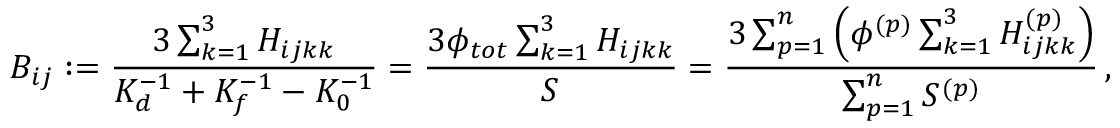
B _ { i j } : = \frac { 3 \sum _ { k = 1 } ^ { 3 } H _ { i j k k } } { K _ { d } ^ { { - 1 } } + K _ { f } ^ { - 1 } - K _ { 0 } ^ { - 1 } } = \frac { 3 \phi _ { t o t } \sum _ { k = 1 } ^ { 3 } H _ { i j k k } } { S } = \frac { 3 \sum _ { p = 1 } ^ { n } \left( \phi ^ { ( p ) } \sum _ { k = 1 } ^ { 3 } H _ { i j k k } ^ { ( p ) } \right) } { \sum _ { p = 1 } ^ { n } S ^ { ( p ) } } \, ,